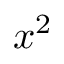
x ^ { 2 }